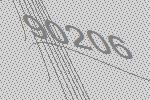
90206